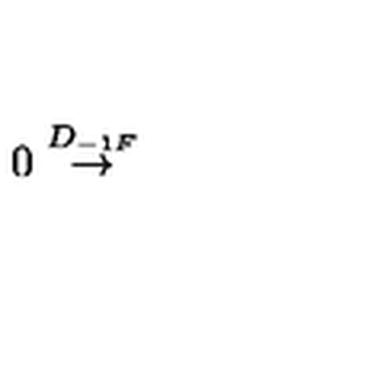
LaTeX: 0 \stackrel { D _ { - 1 F } } \to